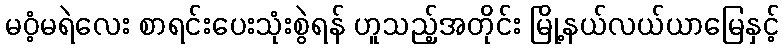
မဝံ့မရဲလေး စာရင်းပေးသုံးစွဲရန် ဟူသည့်အတိုင်း မြို့နယ်လယ်ယာမြေနှင့်